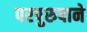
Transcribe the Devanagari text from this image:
परपुरुषाने